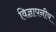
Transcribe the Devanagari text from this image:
विज्ञापनीय